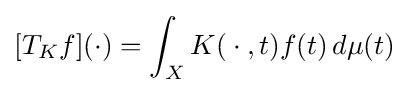
[T_{K}f](\cdot )=\int _{X}K({}\cdot {},t)f(t)\,d\mu (t)